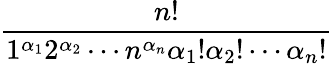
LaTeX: \frac{n!}{1^{\alpha_{1}}2^{\alpha_{2}}\dotsm n^{\alpha_{n}}\alpha_{1}!\alpha_{2}!\dotsm\alpha_{n}!}